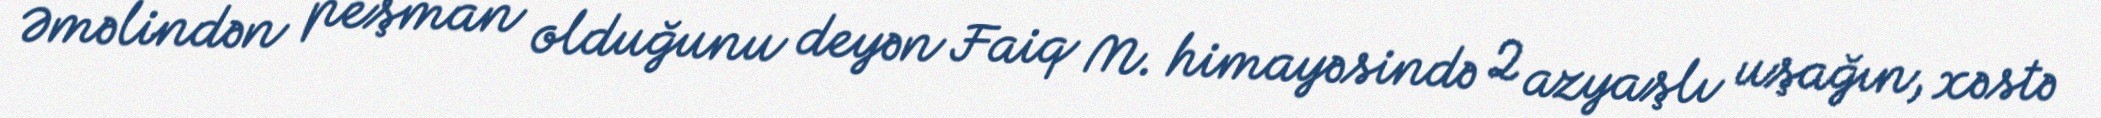
Əməlindən peşman olduğunu deyən Faiq M. himayəsində 2 azyaşlı uşağın, xəstə